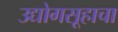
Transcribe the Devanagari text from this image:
उद्योगसूहाचा